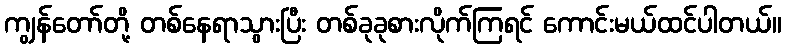
ကျွန်တော်တို့ တစ်နေရာသွားပြီး တစ်ခုခုစားလိုက်ကြရင် ကောင်းမယ်ထင်ပါတယ်။